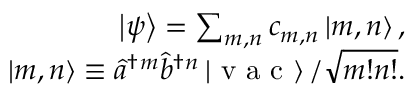
\begin{array} { r } { \left| \psi \right\rangle = \sum _ { m , n } c _ { m , n } \left| m , n \right\rangle , } \\ { \left| m , n \right\rangle \equiv \hat { a } ^ { \dagger } \vphantom { a } { } ^ { m } \hat { b } ^ { \dagger } \vphantom { a } { } ^ { n } \left| \mathrm { ~ v ~ a ~ c ~ } \right\rangle / \sqrt { m ! n ! } . } \end{array}